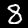
Label: 8